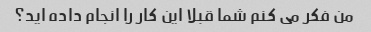
من فکر می کنم شما قبلا این کار را انجام داده اید؟